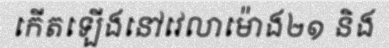
កើតឡើងនៅវេលាម៉ោង២១ និង